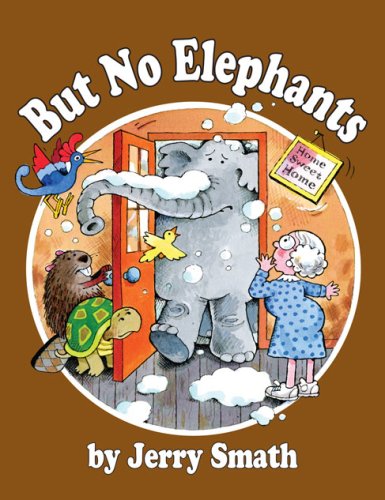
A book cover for But No Elephants (Once Upon a Time); Jerry Smath; Children's Books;